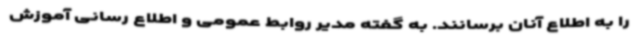
را به اطلاع آنان برسانند. به گفته مدیر روابط عمومی و اطلاع رسانی آموزش